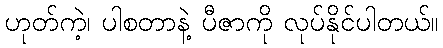
ဟုတ်ကဲ့၊ ပါစတာနဲ့ ပီဇာကို လုပ်နိုင်ပါတယ်။